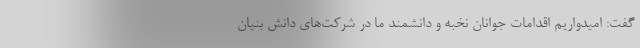
گفت: امیدواریم اقدامات جوانان نخبه و دانشمند ما در شرکت‌های دانش بنیان